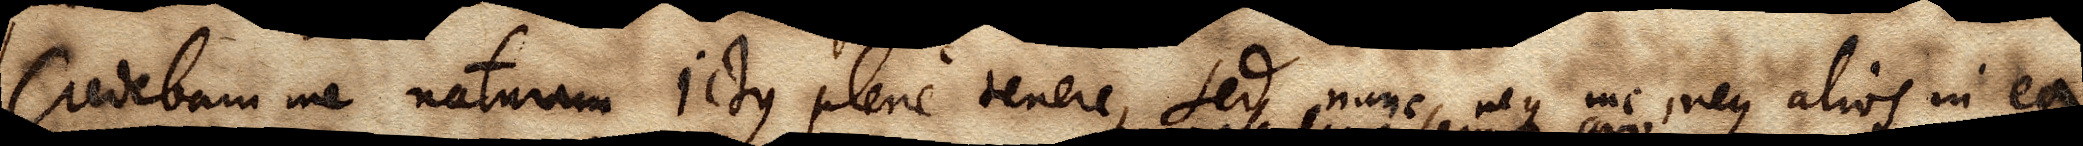
Credebam me naturam ictus plene tenere, sed nunc neque me, neque alios in ea